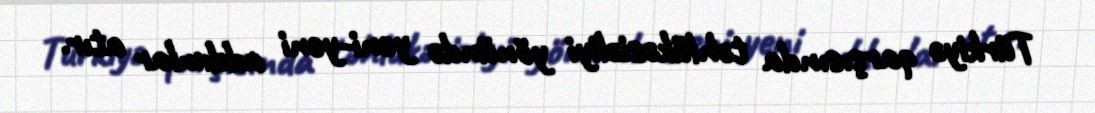
Türkiyə qarşısında təhlükəsizliyi yönündə yeni-yeni addımlar atır.